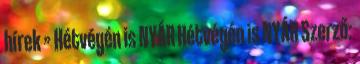
hírek » Hétvégén is NYÁR Hétvégén is NYÁR Szerző: